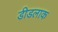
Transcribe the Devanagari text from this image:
डीडलाक